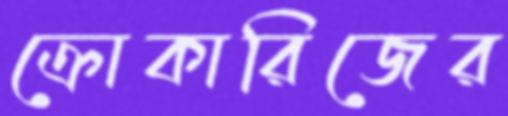
ক্রোকারিজের